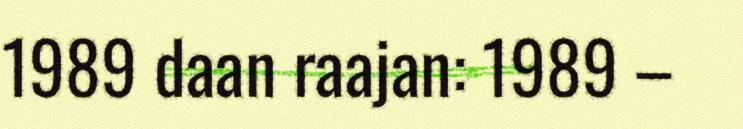
1989 daan raajan: 1989 –